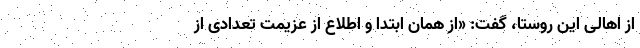
از اهالی این روستا، گفت: «از همان ابتدا و اطلاع از عزیمت تعدادی از